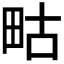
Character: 𭻇